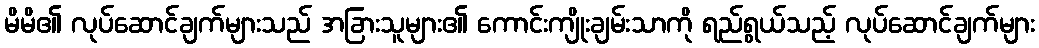
မိမိ၏ လုပ်ဆောင်ချက်များသည် အခြားသူများ၏ ကောင်းကျိုးချမ်းသာကို ရည်ရွယ်သည့် လုပ်ဆောင်ချက်များ